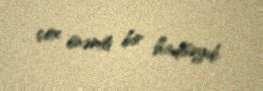
çox önəmli bir hadisəydi.